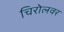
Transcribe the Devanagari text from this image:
चिरोलवर